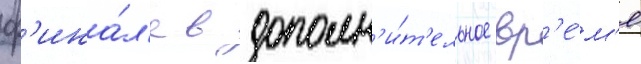
ф'ина́л'е в дополн'и́т'ельное вр'е́м'я